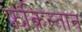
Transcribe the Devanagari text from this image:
फ़ंक़िस्तान